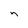
Character: n